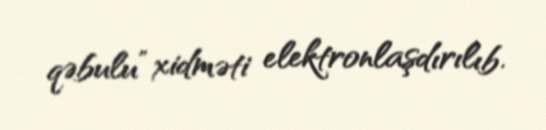
qəbulu” xidməti elektronlaşdırılıb.